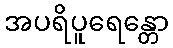
အပရိပူရေန္တော